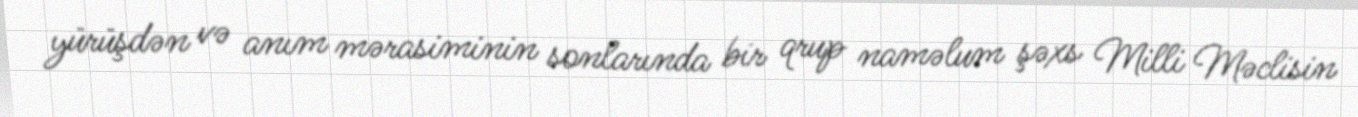
yürüşdən və anım mərasiminin sonlarında bir qrup naməlum şəxs Milli Məclisin